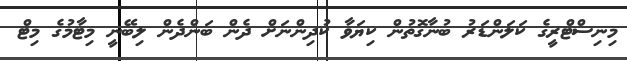
މިނިސްޓްރީގެ ކަލަންޑަރު ބުނާގޮތުން ކިޔަވާ ކުދިންނަށް ދެން ބަންދެން ލިބޭނީ މިޓާމުގެ މިޓް